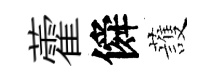
藿僢䕶